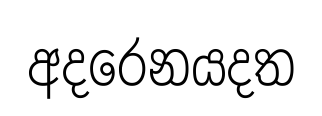
අදරෙනයදත